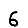
Digit: 6